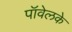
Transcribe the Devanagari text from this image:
पॉवेलके